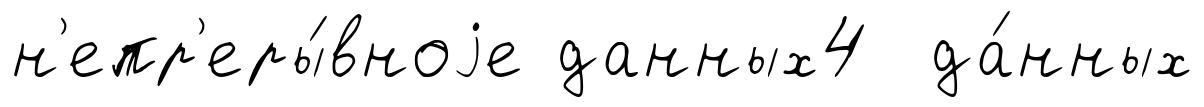
н'епр'еры́вноjе данных4 да́нных